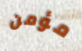
مؤمن